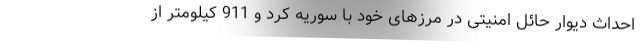
احداث دیوار حائل امنیتی در مرزهای خود با سوریه كرد و 911 كیلومتر از